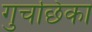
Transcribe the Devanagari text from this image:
गुचछिका